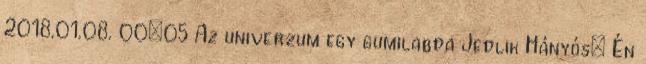
2018.01.08. 00:05 Az univerzum egy gumilabda Jedlik Hányós: Én